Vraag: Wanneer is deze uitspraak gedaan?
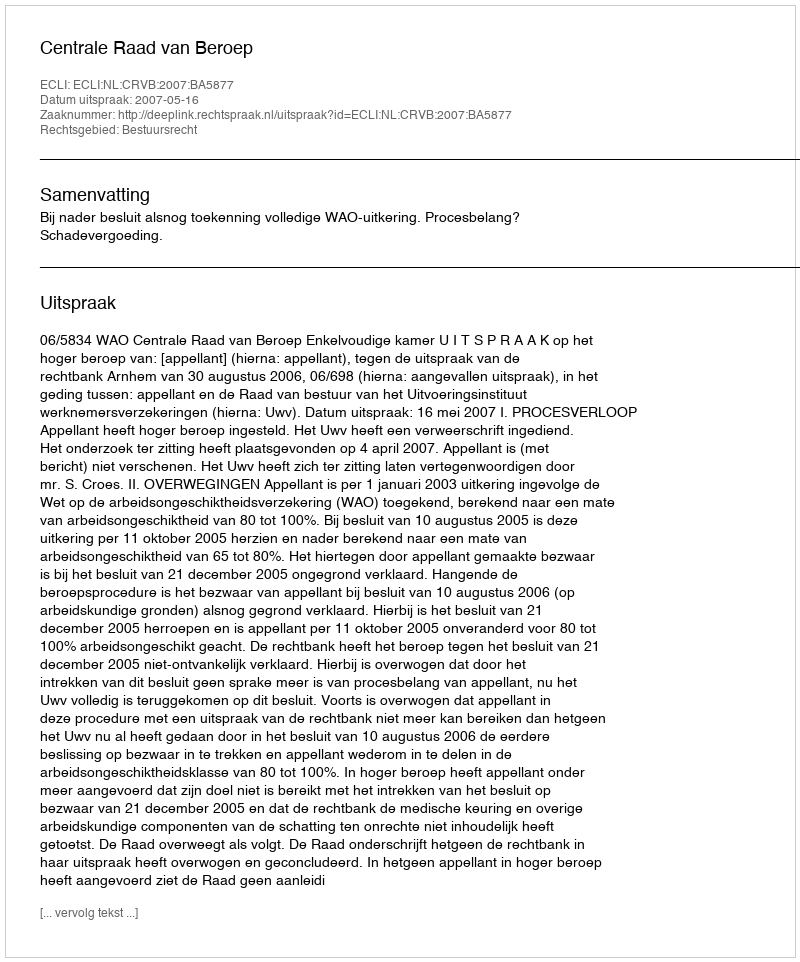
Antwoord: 2007-05-16